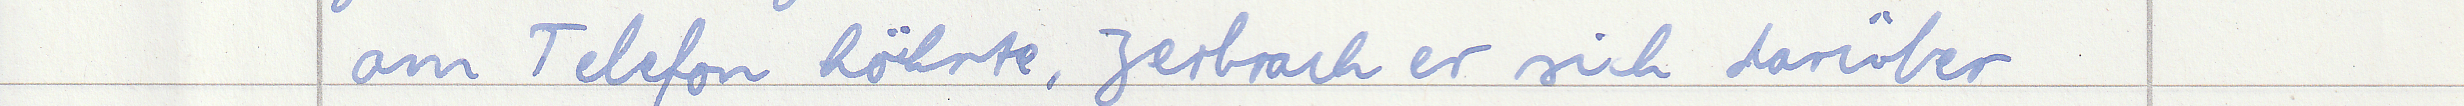
am Telefon höhrte, zerbrach er sich darüber